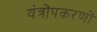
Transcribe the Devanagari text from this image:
यंत्रोंपकरणों